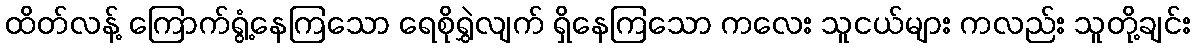
ထိတ်လန့် ကြောက်ရွံ့နေကြသော ရေစိုရွှဲလျက် ရှိနေကြသော ကလေး သူငယ်များ ကလည်း သူတို့ချင်း